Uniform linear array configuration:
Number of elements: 16
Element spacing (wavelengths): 0.75
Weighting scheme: hann
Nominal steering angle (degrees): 15
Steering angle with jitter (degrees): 15.718
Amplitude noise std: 0.05
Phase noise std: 0.05

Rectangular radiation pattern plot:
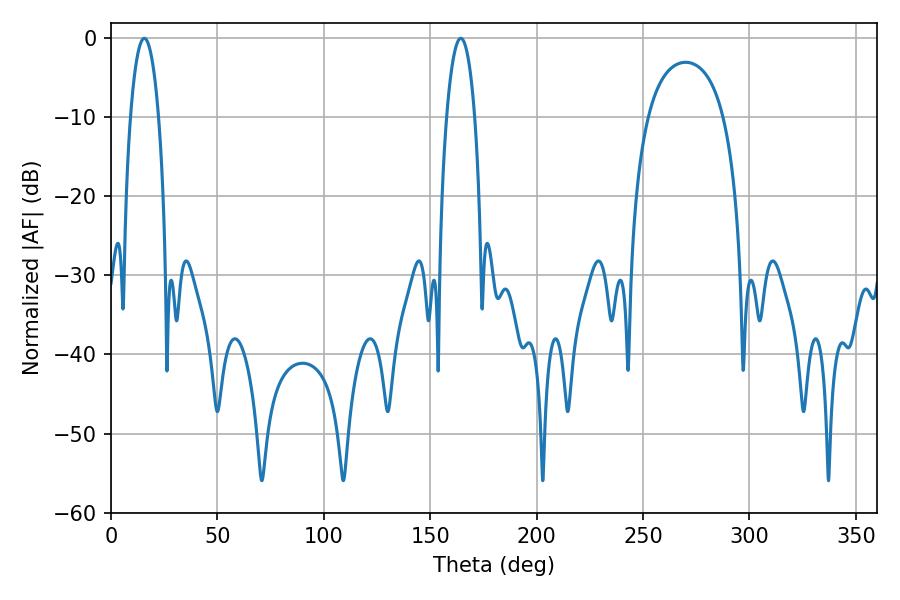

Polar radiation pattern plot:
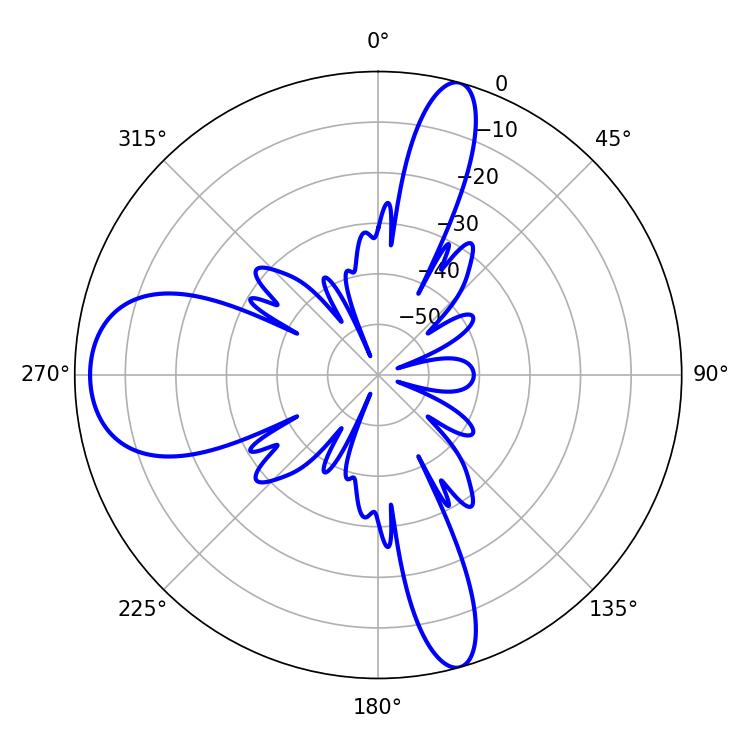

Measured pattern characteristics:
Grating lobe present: TRUE
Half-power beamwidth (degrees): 7.38
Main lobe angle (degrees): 15.66